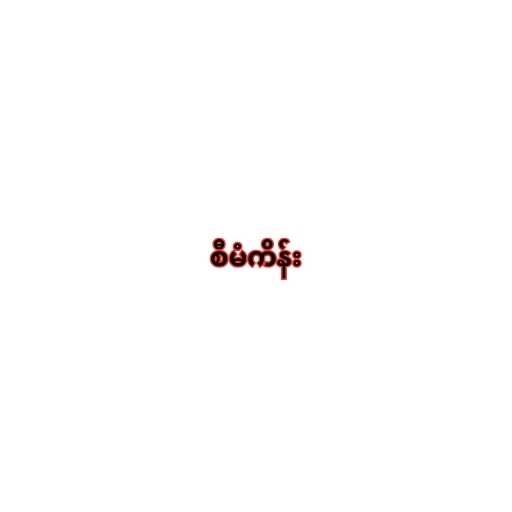
စီမံကိန်း